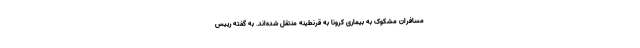
مسافران مشکوک به بیماری کرونا به قرنطینه منتقل شده‌اند. به گفته رییس